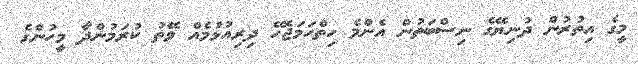
މީގެ އިތުރުން ދުނިޔޭގެ ނިސްބަތުން އެންމެ ހިތްހަމަޖެހޭ ދިރިއުޅުމެއް ވޭތު ކުރަމުންދާ މީހުންގެ